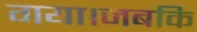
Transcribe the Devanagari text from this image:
गया।जबकि